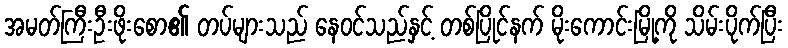
အမတ်ကြီးဦးဖိုးစော၏ တပ်များသည် နေဝင်သည်နှင့် တစ်ပြိုင်နက် မိုးကောင်းမြို့ကို သိမ်းပိုက်ပြီး